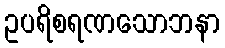
ဥပရိစရဏသောဘနာ